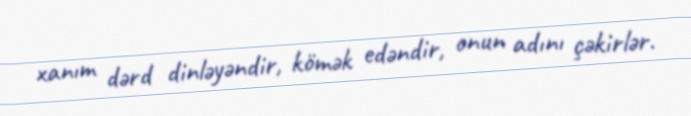
xanım dərd dinləyəndir, kömək edəndir, onun adını çəkirlər.